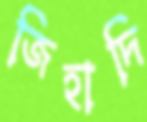
জিহাদি